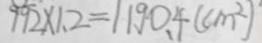
9 9 2 \times 1 . 2 = 1 1 9 0 . 4 ( c m ^ { 2 } )